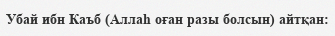
Убай ибн Каъб (Аллаһ оған разы болсын) айтқан: